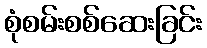
စုံစမ်းစစ်ဆေးခြင်း